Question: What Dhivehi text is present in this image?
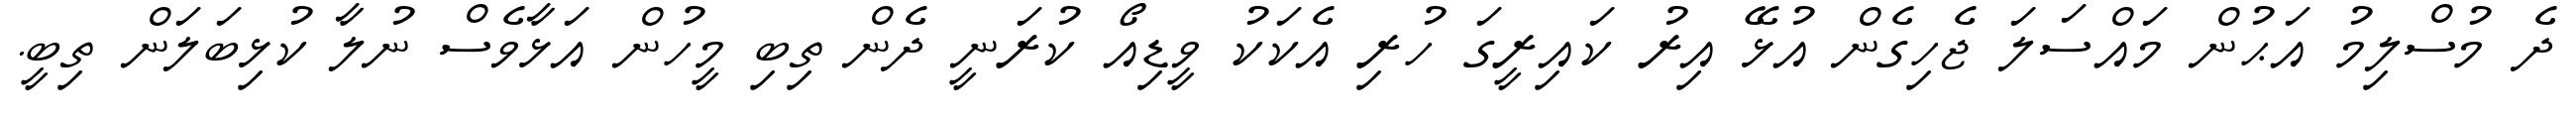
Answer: ދެ މުސްލިމު އަޙުން މައްސަލަ ޖެހިގެން އުޅޭ އިރު ކައިރީގަ ހުރި އެކަކު ވީޑިއޯ ކުރަނީ ދެން ތިބި މީހުން އަޅާވެސް ނުލާ ކުޅިބަލަން ތިބީ.